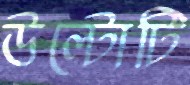
উল্টোটি